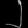
Digit: ၂